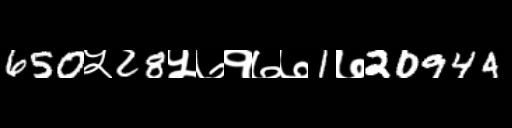
Text: 650५28५७१७७1७20944